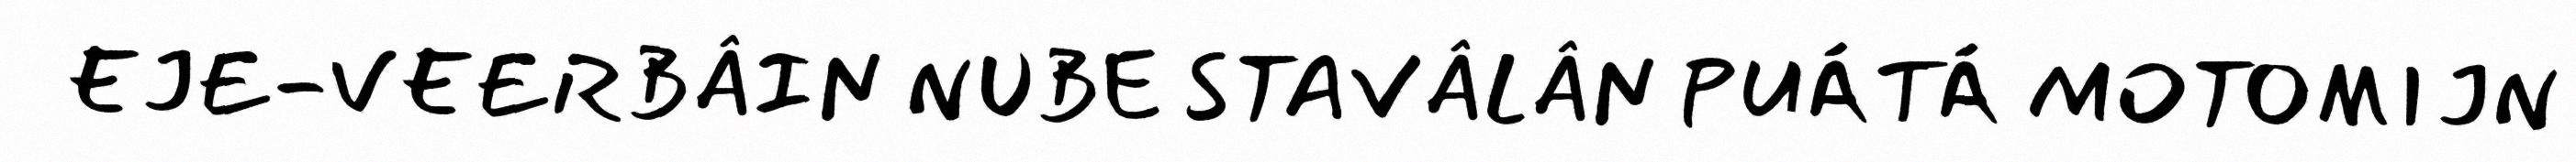
EJE-VEERBÂIN NUBE STAVÂLÂN PUÁTÁ MOTOMIJN